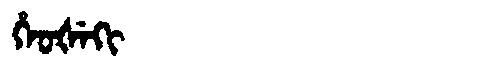
Manchu: ᡥᡝᠣᡧᡝᡴᡳ
Romanization: HEOŠEKI